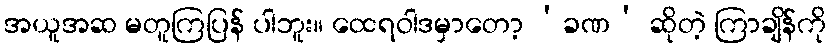
အယူအဆ မတူကြပြန် ပါဘူး။ ထေရဝါဒမှာတော့ ‘ခဏ’ ဆိုတဲ့ ကြာချိန်ကို